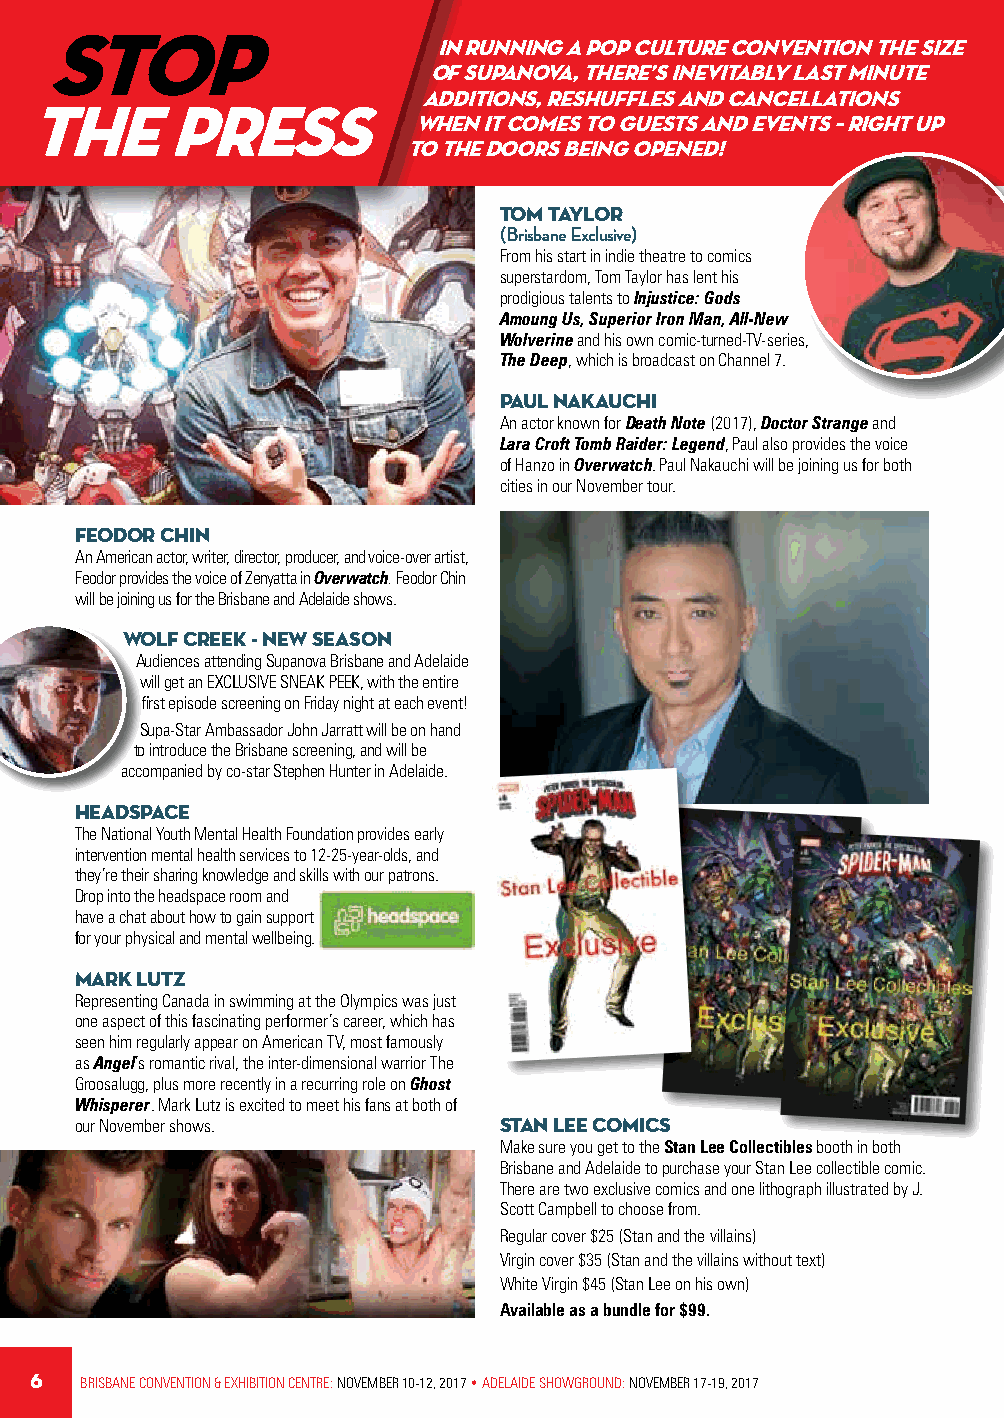
STOP
 In running a pop culture convention the size
 of Supanova, there’s inevitably last minute  THE       SEARCH               FOR        DUST
 additions, reshuffles and cancellations
 THE      PRESS
 when it comes to guests and events – right up
 to the doors being opened!
 BEGINS           NOW
 TOM TAYLOR
 (Brisbane Exclusive)
 From his start in indie theatre to comics
 superstardom, Tom Taylor has lent his
 prodigious talents to Injustice: Gods
 Amoung Us, Superior Iron Man, All-New
 Wolverine and his own comic-turned-TV-series,
 The Deep, which is broadcast on Channel 7.
 PAUL NAKAUCHI
 An actor known for Death Note (2017), Doctor Strange and
 Lara Croft Tomb Raider: Legend, Paul also provides the voice
 of Hanzo in Overwatch. Paul Nakauchi will be joining us for both
 cities in our November tour.
 FEODOR CHIN
 An American actor, writer, director, producer, and voice-over artist,
 Feodor provides the voice of Zenyatta in Overwatch. Feodor Chin
 will be joining us for the Brisbane and Adelaide shows.
 wolf creek - NEW season
 Audiences attending Supanova Brisbane and Adelaide
 will get an EXCLUSIVE SNEAK PEEK, with the entire
 first episode screening on Friday night at each event!
 Supa-Star Ambassador John Jarratt will be on hand
 to introduce the Brisbane screening, and will be
 accompanied by co-star Stephen Hunter in Adelaide.
 HEADSPACE
 The National Youth Mental Health Foundation provides early
 intervention mental health services to 12-25-year-olds, and
 they’re their sharing knowledge and skills with our patrons.
 Drop into the headspace room and
 have a chat about how to gain support
 for your physical and mental wellbeing.
 MARK LUTZ
 Representing Canada in swimming at the Olympics was just
 one aspect of this fascinating performer’s career, which has
 seen him regularly appear on American TV, most famously
 as Angel’s romantic rival, the inter-dimensional warrior The
 Groosalugg, plus more recently in a recurring role on Ghost
 Whisperer. Mark Lutz is excited to meet his fans at both of
 our November shows.         STAN LEE COMICS
 Make sure you get to the Stan Lee Collectibles booth in both
 Brisbane and Adelaide to purchase your Stan Lee collectible comic.
 There are two exclusive comics and one lithograph illustrated by J.
 Scott Campbell to choose from.
 Regular cover $25 (Stan and the villains)
 Virgin cover $35 (Stan and the villains without text)
 White Virgin $45 (Stan Lee on his own)
 Available as a bundle for $99.
 #thebookofdust #labellesavauge
 6  BRISBANE CONVENTION & EXHIBITION CENTRE: NOVEMBER 10-12, 2017 • ADELAIDE SHOWGROUND: NOVEMBER 17-19, 2017